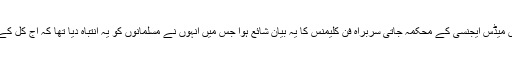
اس کے بعد 18ستمبر2005کے ممبئی ٹائمزکے شمارے میں لندن کی ڈینش میڈس ایجنسی کے محکمہ جاتی سربراہ فن کلیمنس کا یہ بیان شائع ہوا جس میں انہوں نے مسلمانوں کو یہ انتباہ دیا تھا کہ آج کل کے ہر کیپسول اور گولی کی ساخت میں جلے ٹین GELATIN شامل ہوتی ہے۔